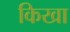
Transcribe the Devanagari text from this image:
किखा